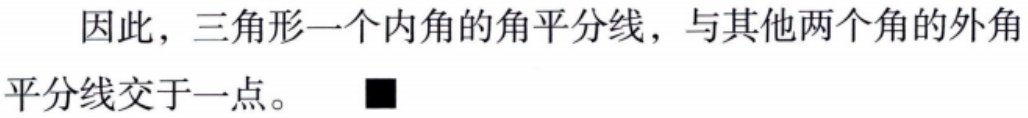
因此，三角形一个内角的角平分线，与其他两个角的外角平分线交于一点。\(\blacksquare\)